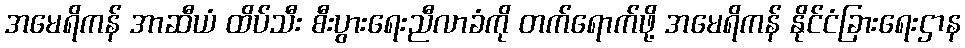
အမေရိကန် အာဆီယံ ထိပ်သီး စီးပွားရေးညီလာခံကို တက်ရောက်ဖို့ အမေရိကန် နိုင်ငံခြားရေးဌာန